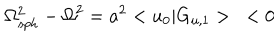
{ \Omega _ { s p h } ^ { 2 } } - { \Omega } ^ { 2 } = a ^ { 2 } < u _ { 0 } | G _ { u , 1 } > < 0